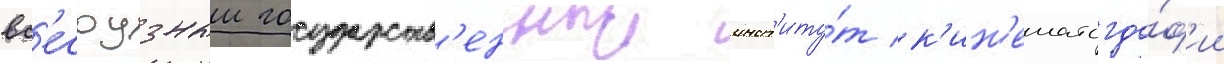
вс'есоузныи государств'енныи инст'иту́т к'ин'ематогра́ф'ии